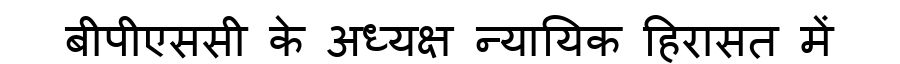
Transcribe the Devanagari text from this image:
बीपीएससी के अध्यक्ष न्यायिक हिरासत में